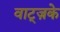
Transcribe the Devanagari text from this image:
वाट्ज़के